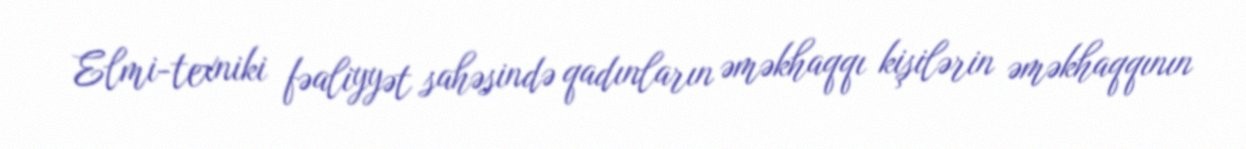
Elmi-texniki fəaliyyət sahəsində qadınların əməkhaqqı kişilərin əməkhaqqının